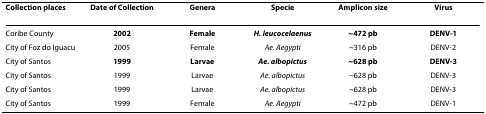
<table><thead><tr><td><b>Collection places</b></td><td><b>Date of Collection</b></td><td><b>Genera</b></td><td><b>Specie</b></td><td><b>Amplicon size</b></td><td><b>Virus</b></td></tr></thead><tbody><tr><td>Coribe County</td><td><b>2002</b></td><td><b>Female</b></td><td><b><i>H. leucocelaenus</i></b></td><td><b>~472 pb</b></td><td><b>DENV-1</b></td></tr><tr><td>City of Foz do Iguacu</td><td>2005</td><td>Female</td><td><i>Ae. Aegypti</i></td><td>~316 pb</td><td>DENV-2</td></tr><tr><td>City of Santos</td><td><b>1999</b></td><td><b>Larvae</b></td><td><b><i>Ae. albopictus</i></b></td><td><b>~628 pb</b></td><td><b>DENV-3</b></td></tr><tr><td>City of Santos</td><td>1999</td><td>Larvae</td><td><i>Ae. albopictus</i></td><td>~628 pb</td><td>DENV-3</td></tr><tr><td>City of Santos</td><td>1999</td><td>Larvae</td><td><i>Ae. albopictus</i></td><td>~628 pb</td><td>DENV-3</td></tr><tr><td>City of Santos</td><td>1999</td><td>Female</td><td><i>Ae. Aegypti</i></td><td>~472 pb</td><td>DENV-1</td></tr></tbody></table>